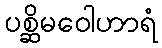
ပစ္ဆိမဝေါဟာရံ